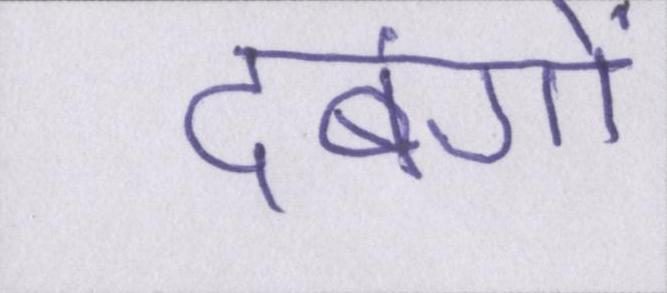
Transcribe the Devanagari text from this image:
दबंगों